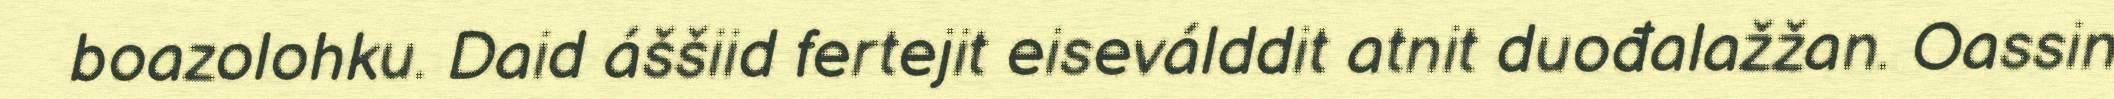
boazolohku. Daid áššiid fertejit eiseválddit atnit duođalažžan. Oassin